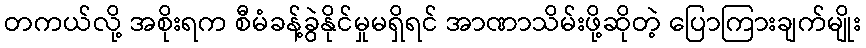
တကယ်လို့ အစိုးရက စီမံခန့်ခွဲနိုင်မှုမရှိရင် အာဏာသိမ်းဖို့ဆိုတဲ့ ပြောကြားချက်မျိုး